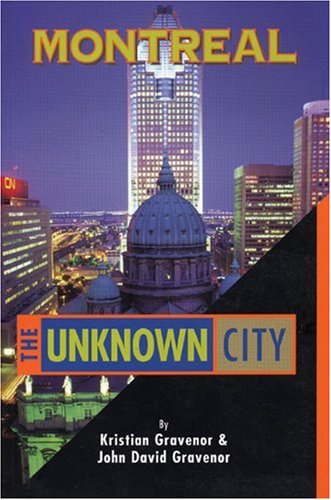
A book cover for Montreal: The Unknown City (Unknown City: Montreal); Kristian Gravenor; Travel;